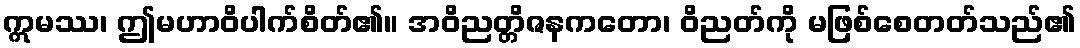
ဣမဿ၊ ဤမဟာဝိပါက်စိတ်၏။ အဝိညတ္တိဇနကတော၊ ဝိညတ်ကို မဖြစ်စေတတ်သည်၏